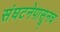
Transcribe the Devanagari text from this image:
संघटनेपासूनच